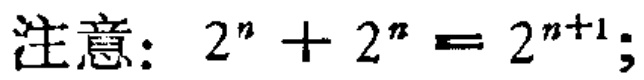
注意：$2^{n}+2^{n}=2^{n + 1}$;